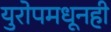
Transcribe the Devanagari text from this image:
युरोपमधूनही